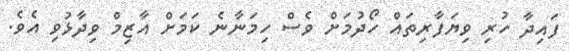
ފައިދާ ހުރި ވިޔަފާރިތައް ހޯދުމަށް ވެސް ހިމަނާނެ ކަމަށް އާޒިމް ވިދާޅުވި އެވެ.